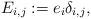
LaTeX: \begin{align*}E_{i,j}:= e_i \delta_{i,j},\end{align*}